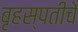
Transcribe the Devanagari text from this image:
बृहस्पतीचे